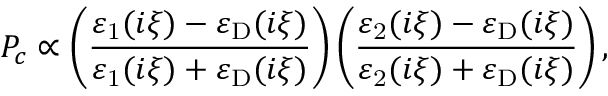
P _ { c } \propto \left( \frac { \varepsilon _ { \mathrm { 1 } } ( i \xi ) - \varepsilon _ { \mathrm { D } } ( i \xi ) } { \varepsilon _ { \mathrm { 1 } } ( i \xi ) + \varepsilon _ { \mathrm { D } } ( i \xi ) } \right) \left( \frac { \varepsilon _ { \mathrm { 2 } } ( i \xi ) - \varepsilon _ { \mathrm { D } } ( i \xi ) } { \varepsilon _ { \mathrm { 2 } } ( i \xi ) + \varepsilon _ { \mathrm { D } } ( i \xi ) } \right) ,